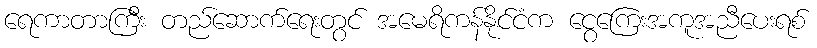
ရေကာတာကြီး တည်ဆောက်ရေးတွင် အမေရိကန်နိုင်ငံက ငွေကြေးအကူအညီပေးရစ်